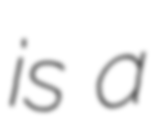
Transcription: is a